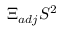
\Xi _ { a d j } S ^ { 2 }